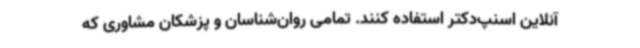
آنلاین اسنپ‌دکتر استفاده کنند. تمامی روان‌شناسان و پزشکان مشاوری که